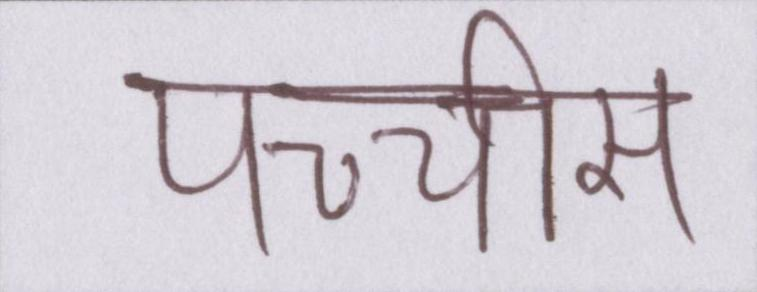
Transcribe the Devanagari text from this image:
पच्चीस